Juri_Uluots, lk 17
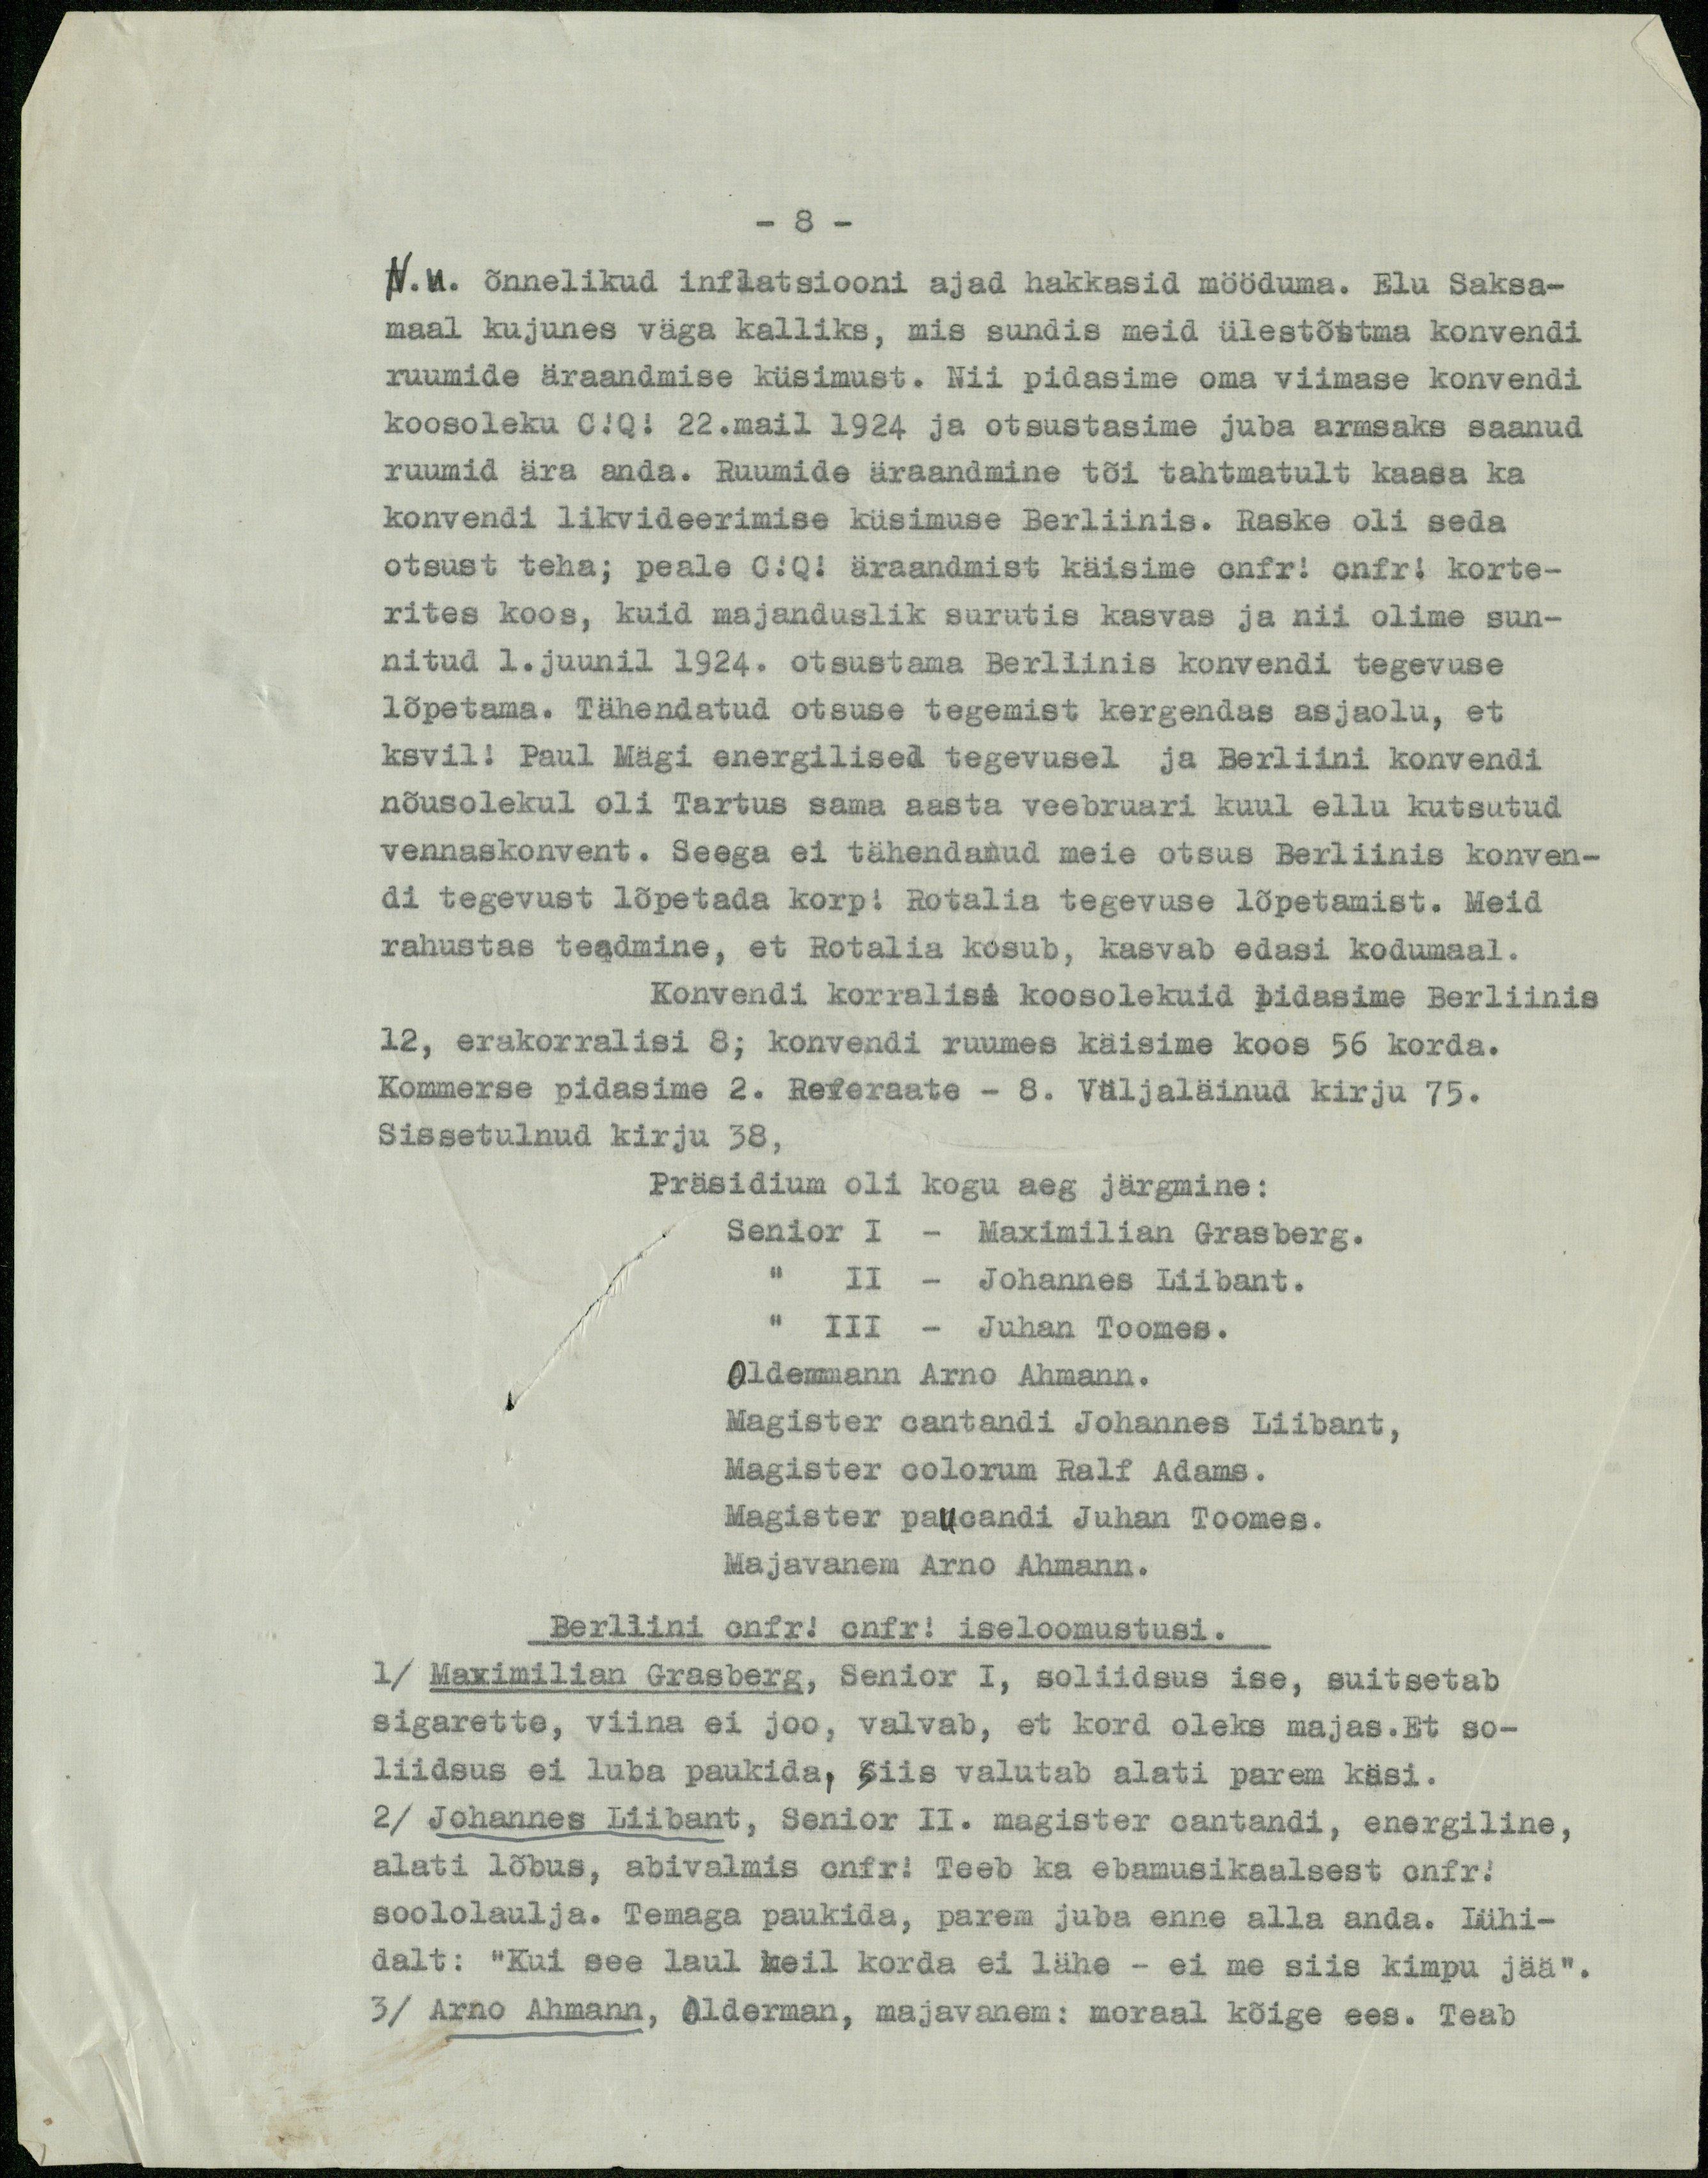
- 8 -
N.M. õnnelikud inflatsiooni ajad hakkasid mööduma. Elu Saksa-
maal kujunes väga kalliks, mis sundis meid ülestõstma konvendi
ruumide äraandmise küsimust. Nii pidasime oma viimase konvendi
koosoleku C!Q! 22.mail 1924 ja otsustasime juba armsaks saanud
ruumid ära anda. Ruumide äraandmine tõi tahtmatult kaasa ka
konvendi likvideerimise küsimuse Berliinis. Raske oli seda
otsust teha; peale C!Q! äraandmist käisime cnfr! cnfr! korte-
rites koos, kuid majanduslik surutis kasvas ja nii olime sun-
nitud 1.juunil 1924. otsustama Berliinis konvendi tegevuse
lõpetama. Tähendatud otsuse tegemist kergendas asjaolu, et
ksvil! Paul Mägi energilisel tegevusel ja Berliini konvendi
nõusolekul oli Tartus sama aasta veebruari kuul ellu kutsutud
vennaskonvent. Seega ei tähendanud meie otsus Berliinis konven-
di tegevust lõpetada korp! Rotalia tegevuse lõpetamist. Meid
rahustas teadmine, et Rotalia kosub, kasvab edasi kodumaal.
Konvendi korralisi koosolekuid pidasime Berliinis
12, erakorralisi 8; konvendi ruumes käisime koos 56 korda.
Kommerse pidasime 2. Referaate - 8. Väljaläinud kirju 75.
Sissetulnud kirju 38,
Präsidium oli kogu aeg järgmine:
Senior I - Maximilian Grasberg.
" II - Johannes Liibant.
" III - Juhan Toomes.
Oldermann Arno Ahmann.
Magister cantandi Johannes Liibant,
Magister colorum Ralf Adams.
Magister paucandi Juhan Toomes.
Majavanem Arno Ahmann.
Berliini cnfr! cnfr! iseloomustusi.
1/ Maximilian Grasberg, Senior I, soliidsus ise, suitsetab
sigarette, viina ei joo, valvab, et kord oleks majas.Et so-
liidsus ei luba paukida, siis valutab alati parem käsi.
2) Johannes Liibant, Senior II. magister cantandi, energiline,
alati lõbus, abivalmis cnfr! Teeb ka ebamusikaalsest cnfr!
soololaulja. Temaga paukida, parem juba enne alla anda. Lühi-
dalt: "Kui see laul meil korda ei lähe - ei me siis kimpu jää".
3/ Arno Ahmann, Olderman, majavanem: moraal kõige ees. Teab